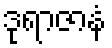
ဒုရာဇာနံ